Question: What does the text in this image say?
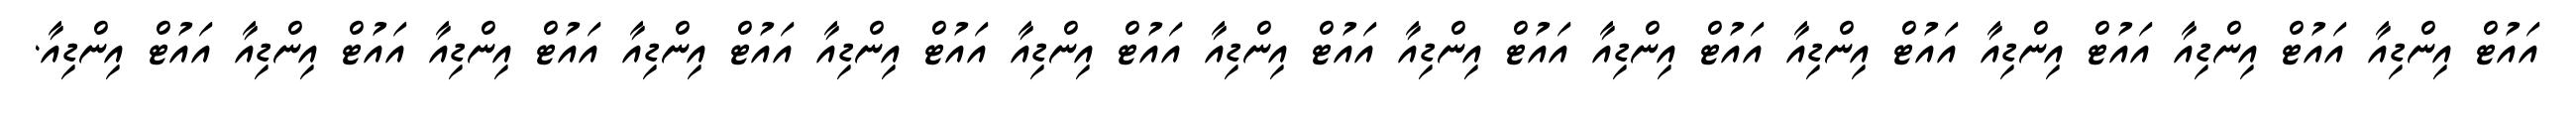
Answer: އައުޓް އިންޑިއާ އައުޓް އިންޑިއާ އައުޓް އިންޑިއާ އައުޓް އިންޑިއާ އައުޓް އިންޑިއާ އައުޓް އިންޑިއާ އައުޓް އިންޑިއާ އައުޓް އިންޑިއާ އައުޓް އިންޑިއާ އައުޓް އިންޑިއާ އައުޓް އިންޑިއާ އައުޓް އިންޑިއާ އައުޓް އިންޑިއާ.